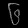
Digit: ၆